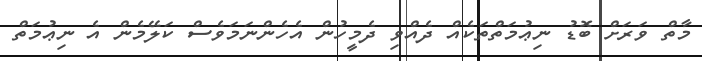
މާތް ވަރަށް ބޮޑު ނިޢުމަތްތަކެއް ދެއްވި ދެމީހުން އެހެންނަމަވެސް ކަލޭމެން އެ ނިޢުމަތް